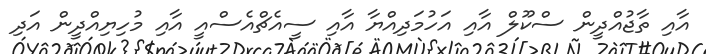
އާއި ތާޖުއްދީން ސްކޫލް އާއި އަހުމަދިއްޔާ އާއި ސީއެޗްއެސްއީ އާއި މުހިޔިއްދީން އަދި